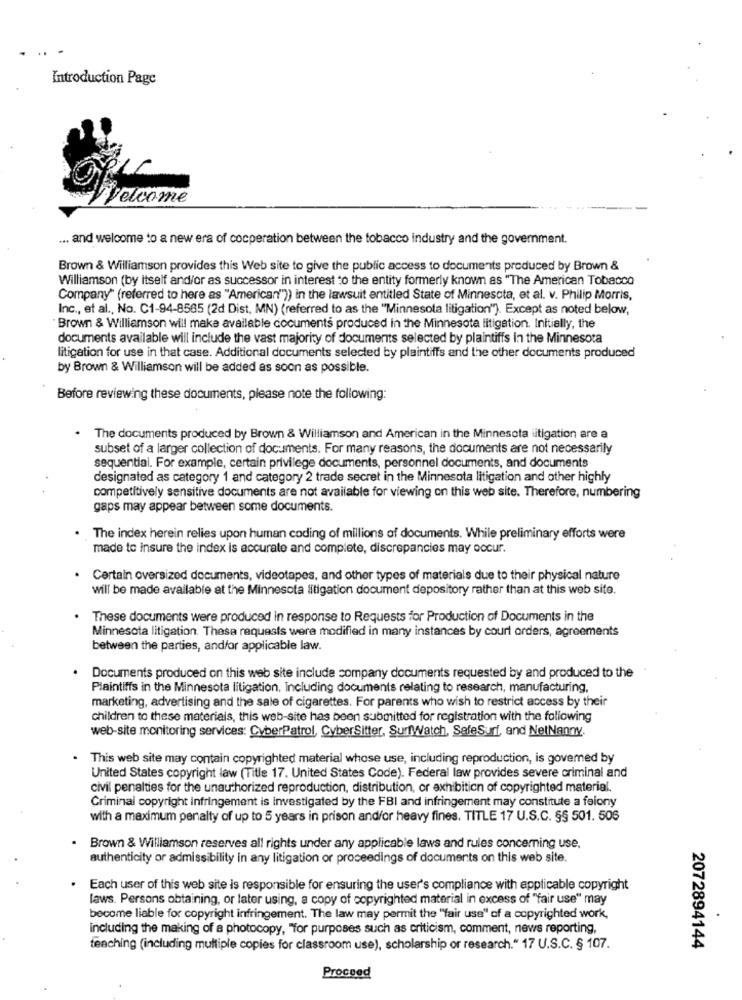
Introduction Page
Velcome
... and welcome to a new era of cooperation between the tobacco industry and the goverment.
Brown & Williamson provides this Web site to give the public access to documents produced by Brown &
Williamson (by itself and/or as successor in interest to the entity formerly known as "The American Tobacco
Company" (referred to here as "American")) in the lawsuit entitled State of Minnesota, et al. v. Philip Morris,
Inc ., et al ., No. C1-94-8565 (2d Dist, MN) (referred to as the "Minnesota litigation"). Except as noted below,
Brown & Williamson will make available documents produced in the Minnesota litigation. Initially, the
documents available will include the vast majority of documents selected by plaintiffs in the Minnesota
litigation for use in that case. Additional documents selected by plaintiffs and the other documents produced
by Brown & Williamson will be added as soon as possible.
Before reviewing these documents, please note the following:
. The documents produced by Brown & Williamson and American in the Minnesota litigation are a
subset of a larger collection of documents. For many reasons, the documents are not necessarily
sequential. For example, certain privilege documents, personnel documents, and documents
designated as category 1 and category 2 trade secret in the Minnesota litigation and other highly
competitively sensitive documents are not available for viewing on this web site. Therefore, numbering
gaps may appear between some documents.
The index herein relies upon human coding of millions of documents. While preliminary efforts were
made to insure the index is accurate and complete, discrepancies may occur.
. Certain oversized documents, videotapes, and other types of materials due to their physical nature
will be made available at the Minnesota litigation document depository rather than at this web site.
. These documents were produced in response to Requests for Production of Documents in the
Minnesota litigation. These requests were modified in many instances by court orders, agreements
between the parties, and/or applicable law.
. Documents produced on this web site include company documents requested by and produced to the
Plaintiffs in the Minnesota litigation, Including documents relating to research, manufacturing,
marketing, advertising and the sale of cigarettes. For parents who wish to restrict access by their
children to these materials, this web-site has been submitted for registration with the following
web-site monitoring services: CyberPatrol, CyberSitter, SurfWatch, SafeSurf, and NetNanny.
This web site may contain copyrighted material whose use, including reproduction, is governed by
United States copyright law (Title 17. United States Code). Federal law provides severe criminal and
civil penalties for the unauthorized reproduction, distribution, or exhibition of copyrighted material.
Criminal copyright infringement is investigated by the FBI and infringement may constitute a felony
with a maximum penalty of up to 5 years in prison and/or heavy fines. TITLE 17 U.S.C. §§ 501. 506
· Brown & Williamson reserves all rights under any applicable laws and rules concerning use.
authenticity or admissibility in any litigation or proceedings of documents on this web site.
.
Each user of this web site is responsible for ensuring the user's compliance with applicable copyright
laws. Persons obtaining, or later using, a copy of copyrighted material in excess of "fair use" may
become liable for copyright infringement. The law may permit the "fair use" of a copyrighted work,
including the making of a photocopy, "for purposes such as criticism, comment, news reporting,
teaching (including multiple copies for classroom use), scholarship or research." 17 U.S.C. § 107.
2072894144
Proceed